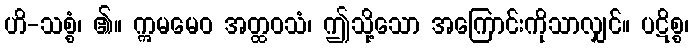
ဟိ-သစ္စံ၊ ၏။ ဣမမေဝ အတ္ထဝသံ၊ ဤသို့သော အကြောင်းကိုသာလျှင်။ ပဋိစ္စ၊